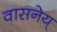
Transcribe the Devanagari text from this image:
वासनेय्